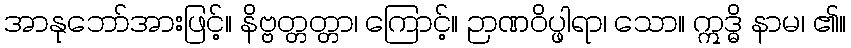
အာနုဘော်အားဖြင့်။ နိဗ္ဗတ္တတ္တာ၊ ကြောင့်။ ဉာဏဝိပ္ဖါရာ၊ သော။ ဣဒ္ဓိ နာမ၊ ၏။